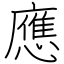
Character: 應